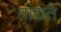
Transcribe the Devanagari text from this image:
नांद्यंते